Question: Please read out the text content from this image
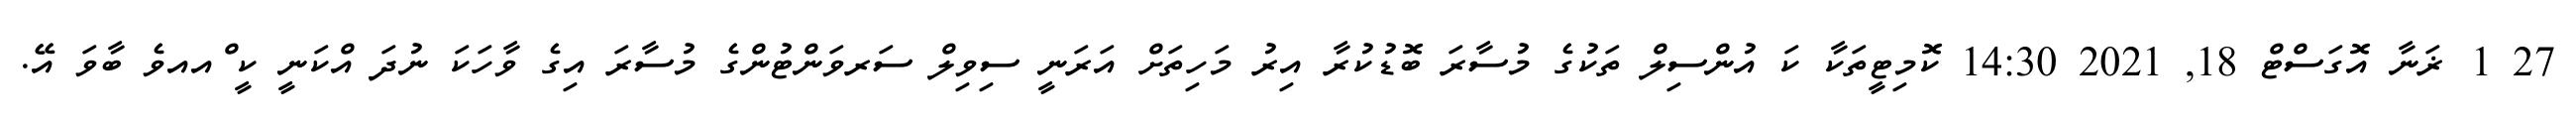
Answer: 27 1 ޜަނާ އޮގަސްޓް 18, 2021 14:30 ކޮމިޓީތަކާ ކަ އުންސިލް ތަކުގެ މުސާރަ ބޮޑުކުރާ އިރު މަހިތަށް އަރަނީ ސިވިލް ސަރވަންޓުންގެ މުސާރަ އިގެ ވާހަކަ ނުދަ އްކަނީ ކީ ްއއވެ ބާވަ އޭ.